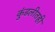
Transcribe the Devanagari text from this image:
कुंडलीतही